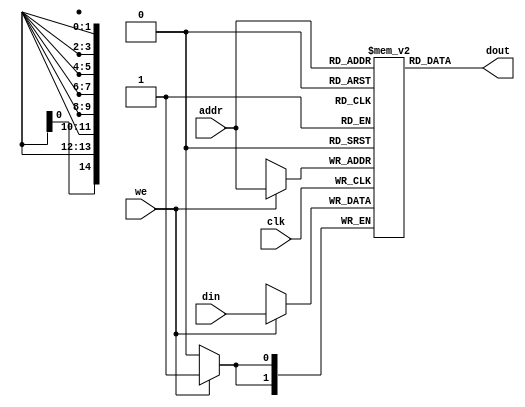
`timescale 1ns / 1ps
//////////////////////////////////////////////////////////////////////////////////
// Company: 
// Engineer: 
// 
// Design Name: 
// Module Name:    frame_buffer 
// Project Name: 
// Target Devices: 
// Tool versions: 
// Description: 
//
// Dependencies: 
//
// Revision: 
// Revision 0.01 - File Created
// Additional Comments: 
//
//////////////////////////////////////////////////////////////////////////////////
module frame_buffer(	//Outputs
							dout, //pixel data out
							//Inputs
							clk, // Either gpuclk(31.5MHz) or gb_clock(33MHz)
							we,
							din, //pixel data in
							addr //[14:0] to be able to hold 160*144 pix
							);	
	//Outputs
	output wire [1:0] dout; //pixel data out
	//Inputs
	input clk; // Either gpuclk(31.5MHz) or gb_clock(33MHz)
	input we;
	input [1:0] din; //pixel data in
	input [14:0] addr; //[14:0] to be able to hold 160*144 pix
	
	reg [1:0] buffer [0:32767];
	
	always @(posedge clk)
		if(we) buffer[addr] <= din;

	assign dout = buffer[addr];
	
endmodule